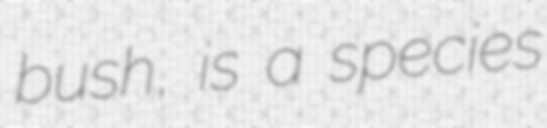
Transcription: bush, is a species